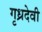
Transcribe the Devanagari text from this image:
गृध्रदेवी